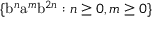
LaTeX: \{ { \mathrm { b } } ^ { n } { \mathrm { a } } ^ { m } { \mathrm { b } } ^ { 2 n } : n \geq 0 , m \geq 0 \}